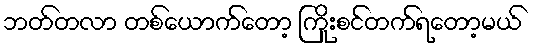
ဘတ်တလာ တစ်ယောက်တော့ ကြိုးစင်တက်ရတော့မယ်